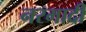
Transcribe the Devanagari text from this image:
नरमादी